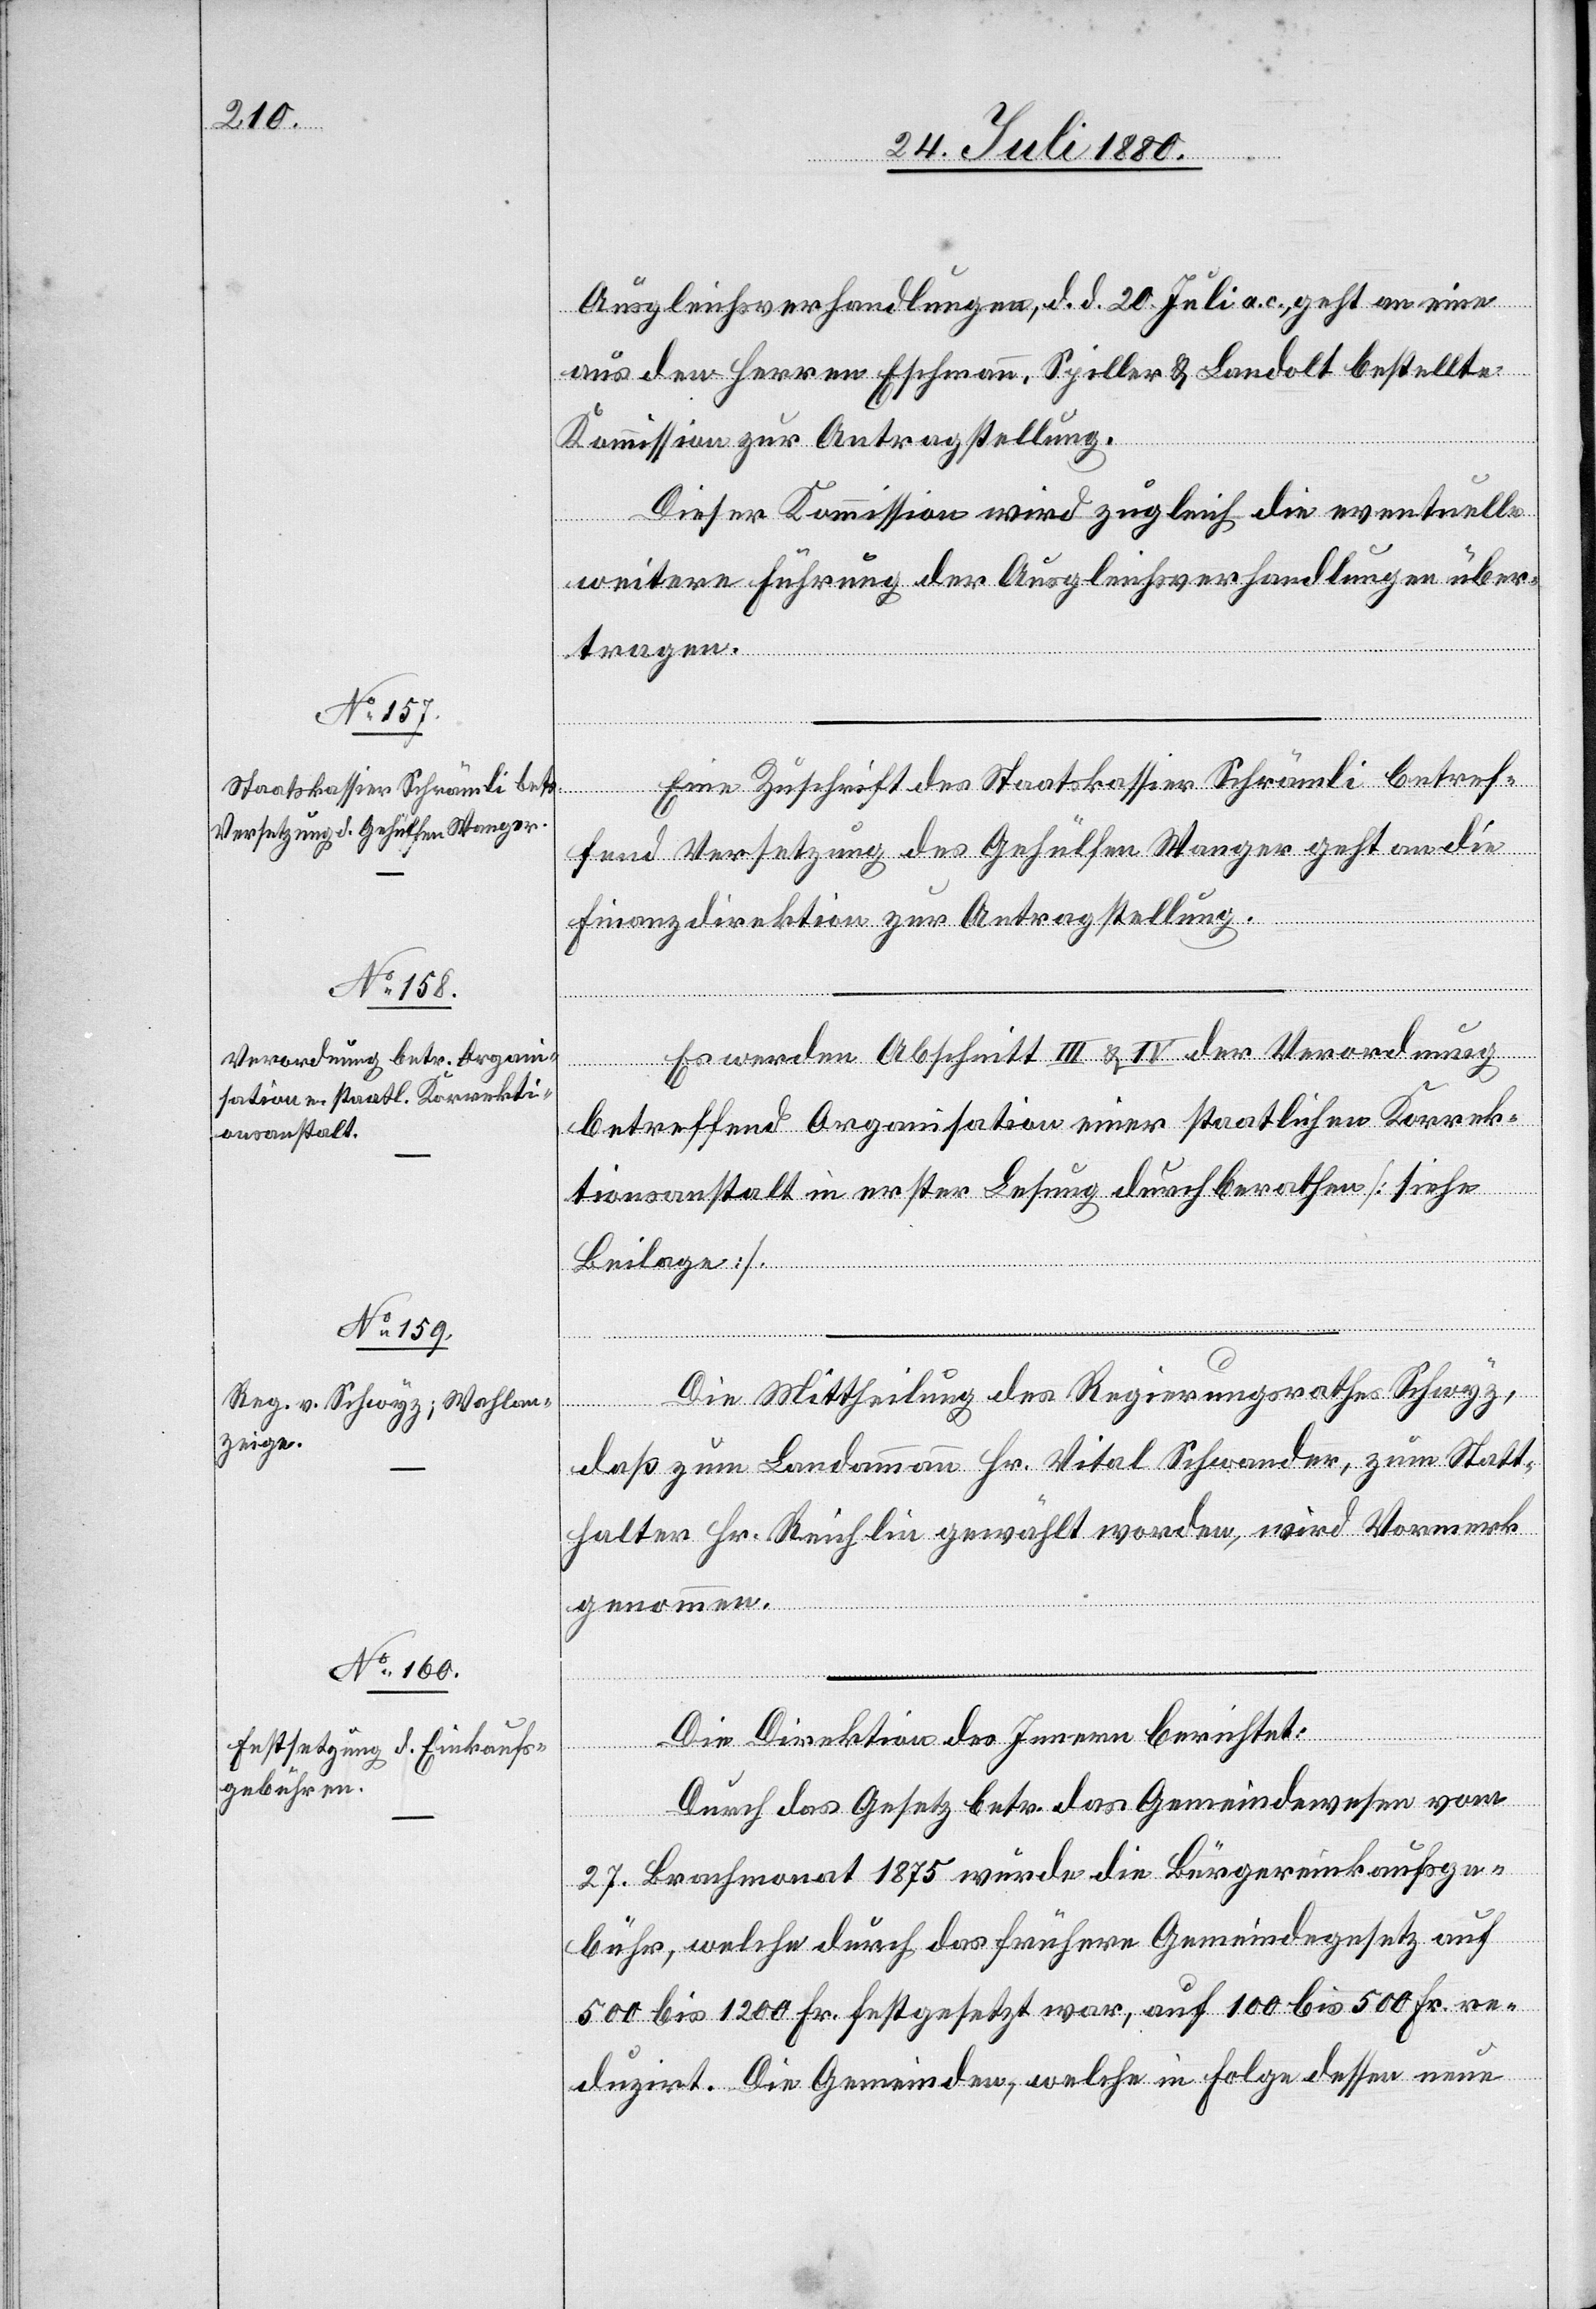
Ausgleichsverhandlungen, d. d. 20. Juli a. c., geht an eine
aus den Herren Eschmann, Spiller & Landolt bestellte
&
der
Kommission zur Antragstellung.
Dieser Kommission wird zugleich die eventuelle
weitere Führung der Ausgleichverhandlungen über¬
die
tragen.
Staatskassier Schrämli betreffend Versetzung des Gehülfen Wanger geht an
Finanzdirektion zur Antragstellung.
betreffend Organisation einer staatlichen Korrek¬
tionsanstalt in erster Lesung durchberathen [siehe
Beilage].
dnung
Die Mittheilung des Regierungsrathes Schwyz,
daß zum Landammann Hr. Vital Schwander, zum Statt¬
halter Hr. Reichlin gewählt worden, wird Vormerk
genommen.
Die Direktion des Innern berichtet:
Durch das Gesetz betr. das Gemeindewesen vom
27. Brachmonat 1875 wurde die Bürgereinkaufsge¬
bühr, welche durch das frühere Gemeindegesetz auf
500 bis 1200 Fr. festgesetzt war, auf 100 bis 500 Fr. re¬
duzirt. Die Gemeinden, welche in Folge dessen neue